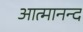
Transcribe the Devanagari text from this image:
आत्‍मानन्द